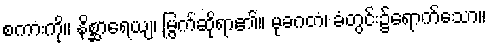
စကားကို။ နိစ္ဆာရေယျ၊ မြွက်ဆိုရာ၏။ မုခဂတံ၊ ခံတွင်း၌ရောက်သော။